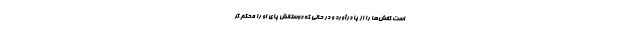
است کفش‌ها را از پا درآورد و در حالی که دوستانش پای او را محکم گر